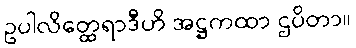
ဥပါလိတ္ထေရာဒီဟိ အဋ္ဌကထာ ဌပိတာ။